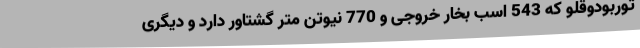
توربودوقلو که 543 اسب بخار خروجی و 770 نیوتن متر گشتاور دارد و دیگری